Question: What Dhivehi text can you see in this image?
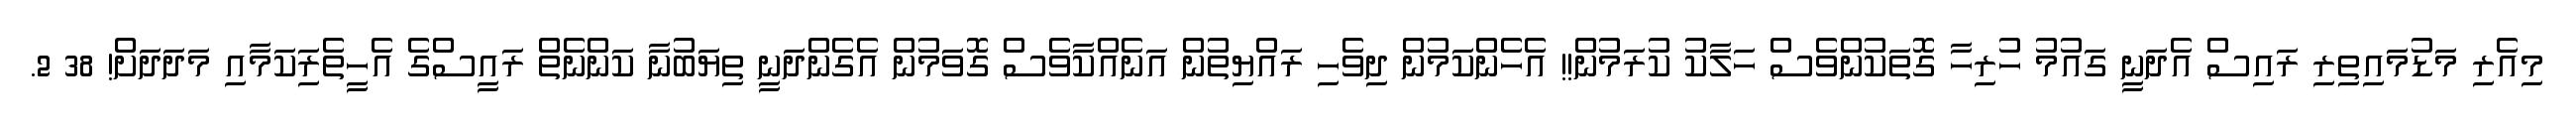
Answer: މިއެރި މަޑުމައިތިރި ރައިސް އެދަނީ ގައުމު ހުރިހާ ގޮތަކުންވެސް ހަލާކު ކުރަމުން!! އެހެންކަމުން ދިވެހި ރައްޔިތުން އަނެއްކާވެސް ގޮވަމުން އެގެންދަނީ ތިޔަބުނާ ކަންނެތް ރައީސްގެ އެހީތެރިަކަމާއި މަދަދަށް! 38 2.